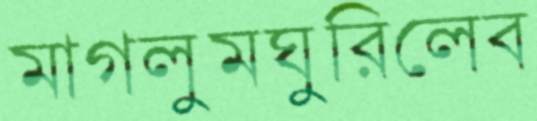
মাগলুমঘুরিলেব